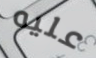
عليه